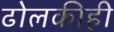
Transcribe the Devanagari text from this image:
ढोलकीही